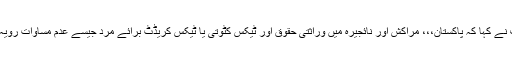
آئیایم ایف نے کہا کہ پاکستان،،، مراکش اور نائجیرہ میں وراثتی حقوق اور ٹیکس کٹوتی یا ٹیکس کریڈٹ برائے مرد جیسے عدم مساوات رویہ قائم ہے۔